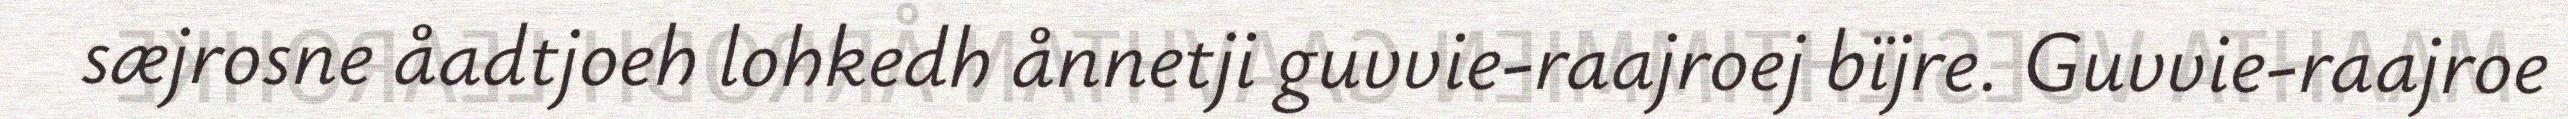
sæjrosne åadtjoeh lohkedh ånnetji guvvie-raajroej bïjre. Guvvie-raajroe